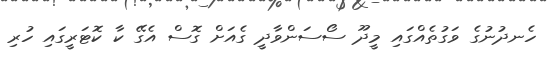
ހެނދުނުގެ ވަގުތެއްގައި މީދޫ ސޯސަންވާދީ ގެއަށް ގޮސް އެގޭ ކާ ކޮޓަރީގައި ހުރި